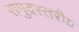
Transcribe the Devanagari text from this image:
समुद्रस्तरीय